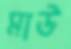
মাউ